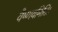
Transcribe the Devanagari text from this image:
वैष्णवमिति।